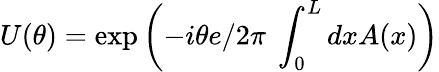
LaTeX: U(\theta)=\exp\left(-i\theta{e}/{2\pi}~\int_{0}^{L}dxA(x)\right)